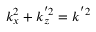
k _ { x } ^ { 2 } + k _ { z } ^ { ' 2 } = k ^ { ' 2 }